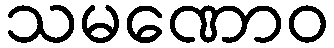
သမဏောဝ